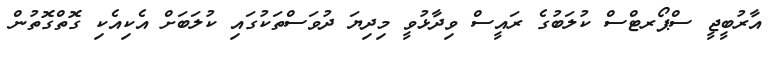
އާރުބީޖީ ސްޕޯރޓްސް ކުލަބުގެ ރައީސް ވިދާޅުވީ މިދިޔަ ދުވަސްތަކުގައި ކުލަބަށް އެކިއެކި ގޮތްގޮތުން